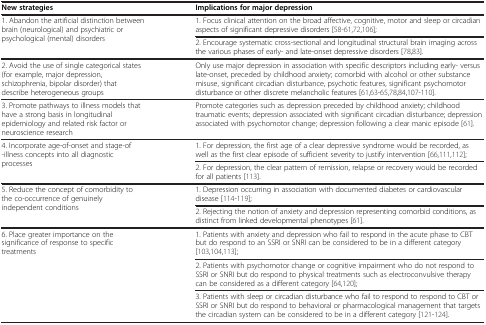
<table><thead><tr><td><b>New strategies</b></td><td><b>Implications for major depression</b></td></tr></thead><tbody><tr><td rowspan="2">1. Abandon the artificial distinction between brain (neurological) and psychiatric or psychological (mental) disorders</td><td>1. Focus clinical attention on the broad affective, cognitive, motor and sleep or circadian aspects of significant depressive disorders [58-61,72,106];</td></tr><tr><td>2. Encourage systematic cross-sectional and longitudinal structural brain imaging across the various phases of early- and late-onset depressive disorders [78,83].</td></tr><tr><td>2. Avoid the use of single categorical states (for example, major depression, schizophrenia, bipolar disorder) that describe heterogeneous groups</td><td>Only use major depression in association with specific descriptors including early- versus late-onset, preceded by childhood anxiety; comorbid with alcohol or other substance misuse, significant circadian disturbance, psychotic features, significant psychomotor disturbance or other discrete melancholic features [61,63-65,78,84,107-110].</td></tr><tr><td>3. Promote pathways to illness models that have a strong basis in longitudinal epidemiology and related risk factor or neuroscience research</td><td>Promote categories such as depression preceded by childhood anxiety; childhood traumatic events; depression associated with significant circadian disturbance; depression associated with psychomotor change; depression following a clear manic episode [61].</td></tr><tr><td rowspan="2">4. Incorporate age-of-onset and stage-of-illness concepts into all diagnostic processes</td><td>1. For depression, the first age of a clear depressive syndrome would be recorded, as well as the first clear episode of sufficient severity to justify intervention [66,111,112];</td></tr><tr><td>2. For depression, the clear pattern of remission, relapse or recovery would be recorded for all patients [113].</td></tr><tr><td rowspan="2">5. Reduce the concept of comorbidity to the co-occurrence of genuinely independent conditions</td><td>1. Depression occurring in association with documented diabetes or cardiovascular disease [114-119];</td></tr><tr><td>2. Rejecting the notion of anxiety and depression representing comorbid conditions, as distinct from linked developmental phenotypes [61].</td></tr><tr><td>6. Place greater importance on the significance of response to specific treatments</td><td>1. Patients with anxiety and depression who fail to respond in the acute phase to CBT but do respond to an SSRI or SNRI can be considered to be in a different category [103,104,113];</td></tr><tr><td> </td><td>2. Patients with psychomotor change or cognitive impairment who do not respond to SSRI or SNRI but do respond to physical treatments such as electroconvulsive therapy can be considered as a different category [64,120];</td></tr><tr><td> </td><td>3. Patients with sleep or circadian disturbance who fail to respond to respond to CBT or SSRI or SNRI but do respond to behavioral or pharmacological management that targets the circadian system can be considered to be in a different category [121-124].</td></tr></tbody></table>